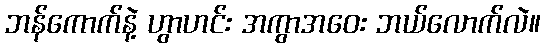
ဘန်ကောက်နဲ့ ဟွာဟင်း အကွာအဝေး ဘယ်လောက်လဲ။